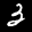
Label: 3